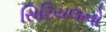
સિરિયલનો